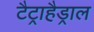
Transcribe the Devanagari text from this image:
टैट्राहैड्राल